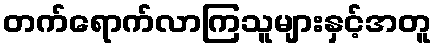
တက်ရောက်လာကြသူများနှင့်အတူ